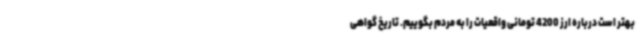
بهتر است درباره ارز 4200 تومانی واقعیات را به مردم بگوییم. تاریخ گواهی